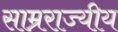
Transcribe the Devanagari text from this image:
साम्रराज्यीय